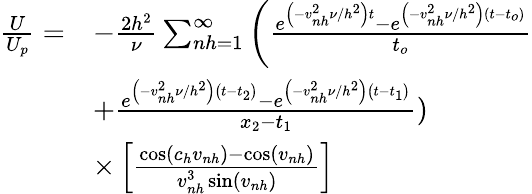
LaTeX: \begin{array}{rl}{\frac{U}{U_{p}}=}&{-\frac{2h^{2}}{\nu}\sum_{nh=1}^{\infty}\left(\frac{e^{\left(-v_{nh}^{2}\nu/h^{2}\right)t}-e^{\left(-v_{nh}^{2}\nu/h^{2}\right)\left(t-t_{o}\right)}}{t_{o}}\right.}\\ &{+\frac{e^{\left(-v_{nh}^{2}\nu/h^{2}\right)\left(t-t_{2}\right)}-e^{\left(-v_{nh}^{2}\nu/h^{2}\right)\left(t-t_{1}\right)}}{x_{2}-t_{1}})}\\ &{\times\left[\frac{\cos\left(c_{h}v_{nh}\right)-\cos\left(v_{nh}\right)}{v_{nh}^{3}\sin\left(v_{nh}\right)}\right]}\end{array}